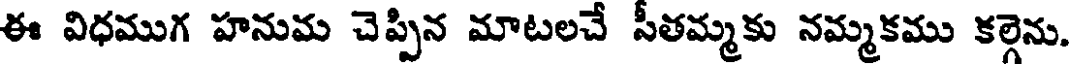
ఈ విధముగ హనుమ చెప్పిన మాటలచే సీతమ్మకు నమ్మకము కల్గెను.